Civil Veterinary Department Bihar reports 1940-50 - 1940-1950
Year: 1940
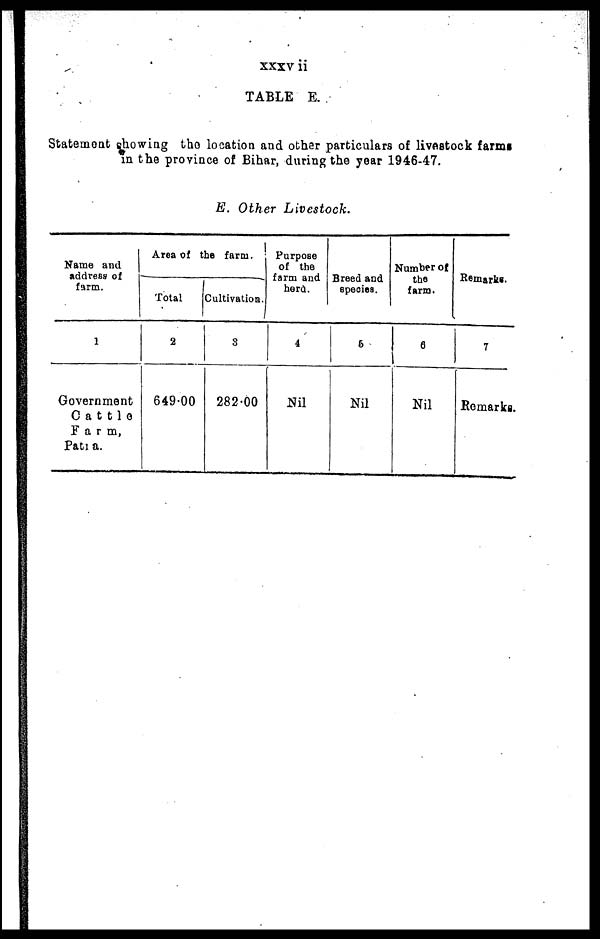
xxxv ii
TABLE E.
Statement showing the location and other particulars of livestock farms
in the province of Bihar, during the year 1946-47.
E. Other Livestock.
Name and
address of
farm.
1
Government
Cattle
Farm,
Patia.
Area of the farm.
Total
2
649.00
Cultivation.
3
282.00
Purpose
of the
farm and
herd.
4
Nil
Breed and
species.
5
Nil
Number of
the
farm.
6
Nil
Remarks.
7
Remarks.